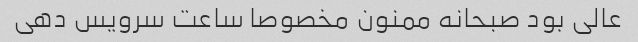
عالی بود صبحانه ممنون مخصوصا ساعت سرویس دهی